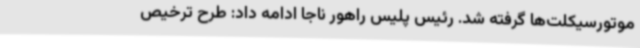
موتورسیکلت‌ها گرفته شد. رئیس پلیس راهور ناجا ادامه داد: طرح ترخیص